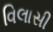
વિલાસી